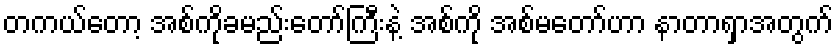
တကယ်တော့ အစ်ကိုခမည်းတော်ကြီးနဲ့ အစ်ကို အစ်မတော်ဟာ နာတာရှာအတွက်